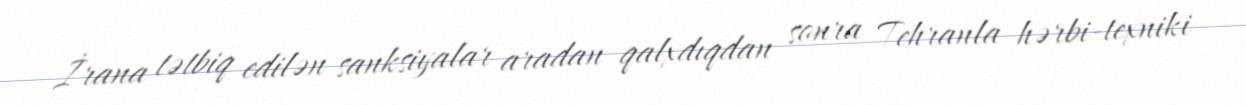
İrana tətbiq edilən sanksiyalar aradan qalxdıqdan sonra Tehranla hərbi-texniki